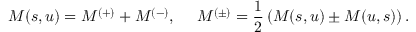
M ( s , u ) = M ^ { ( + ) } + M ^ { ( - ) } , ~ ~ ~ ~ M ^ { ( \pm ) } = \frac 1 2 \left( M ( s , u ) \pm M ( u , s ) \right) .